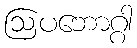
ဩပဘောဂ္ဂါ